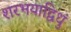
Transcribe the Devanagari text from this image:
शरभयाद्विधुं